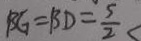
B G = B D = \frac { 5 } { 2 } <